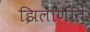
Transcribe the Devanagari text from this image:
झिलाणीत